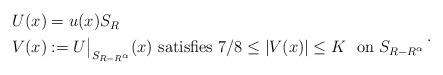
LaTeX: \begin{align*} \begin{aligned} U(x)&=u(x) S_R\\ V(x)&:=U\big|_{S_{R-R^\alpha}}(x) \text{ satisfies }7/8\leq |V(x)|\leq K~\text{ on }S_{R-R^\alpha}\end{aligned}\,.\end{align*}